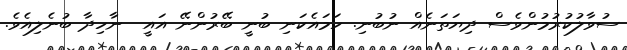
ސުވާލުކުރުމުންވެސް ދިޔަތަނެއް ނުބުނި. ހަމައެކަނި ބުނީ ބޭރުންނޭ އައީ  ނާހިދާ ބުނެލިއެވެ.